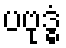
ပဗုဒ္ဓံ